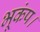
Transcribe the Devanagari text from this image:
भूकंप।